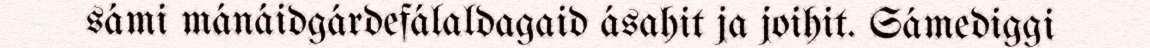
sámi mánáidgárdefálaldagaid ásahit ja joihit. Sámediggi